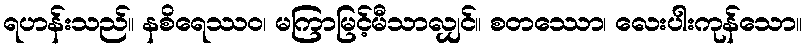
ရဟန်းသည်။ နစိရေဿဝ၊ မကြာမြင့်မီသာလျှင်။ စတဿော၊ လေးပါးကုန်သော။